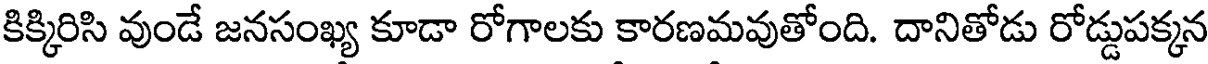
కిక్కిరిసి వుండే జనసంఖ్య కూడా రోగాలకు కారణమవుతోంది. దానితోడు రోడ్డుపక్కన